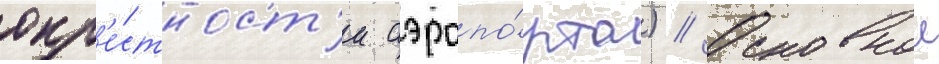
окр'е́стност'и аэропо́рта) // Основнои